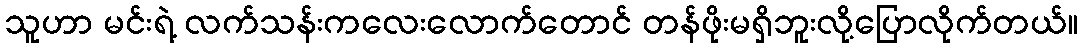
သူဟာ မင်းရဲ့ လက်သန်းကလေးလောက်တောင် တန်ဖိုးမရှိဘူးလို့ပြောလိုက်တယ်။